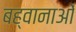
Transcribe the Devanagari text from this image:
बह्वानाओं